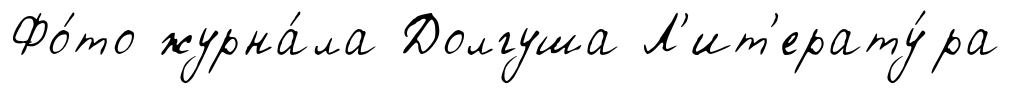
Фо́то журна́ла Долгуша Л'ит'ерату́ра